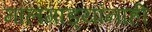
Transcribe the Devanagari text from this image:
मालगाड्यांनाही